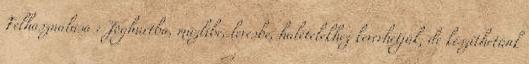
Felhasználása : Joghurtba, műzlibe, levesbe, halételekhez keverhetjük, de készíthetünk